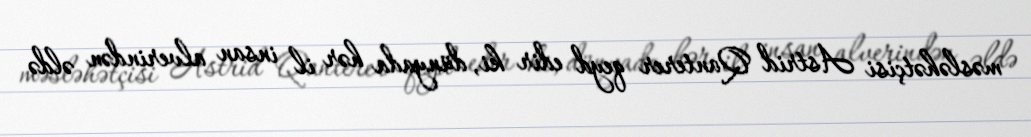
məsləhətçisi Astrid Qanterer qeyd edir ki, dünyada hər il insan alverindən əldə